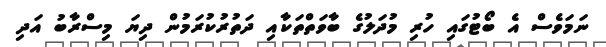
ނަމަވެސް އެ ބޯޓުގައި ހުރި މުދަލުގެ ބާވަތްތަކާއި ދަތުރުކުރަމުން ދިޔަ މިސްރާބު އަދި